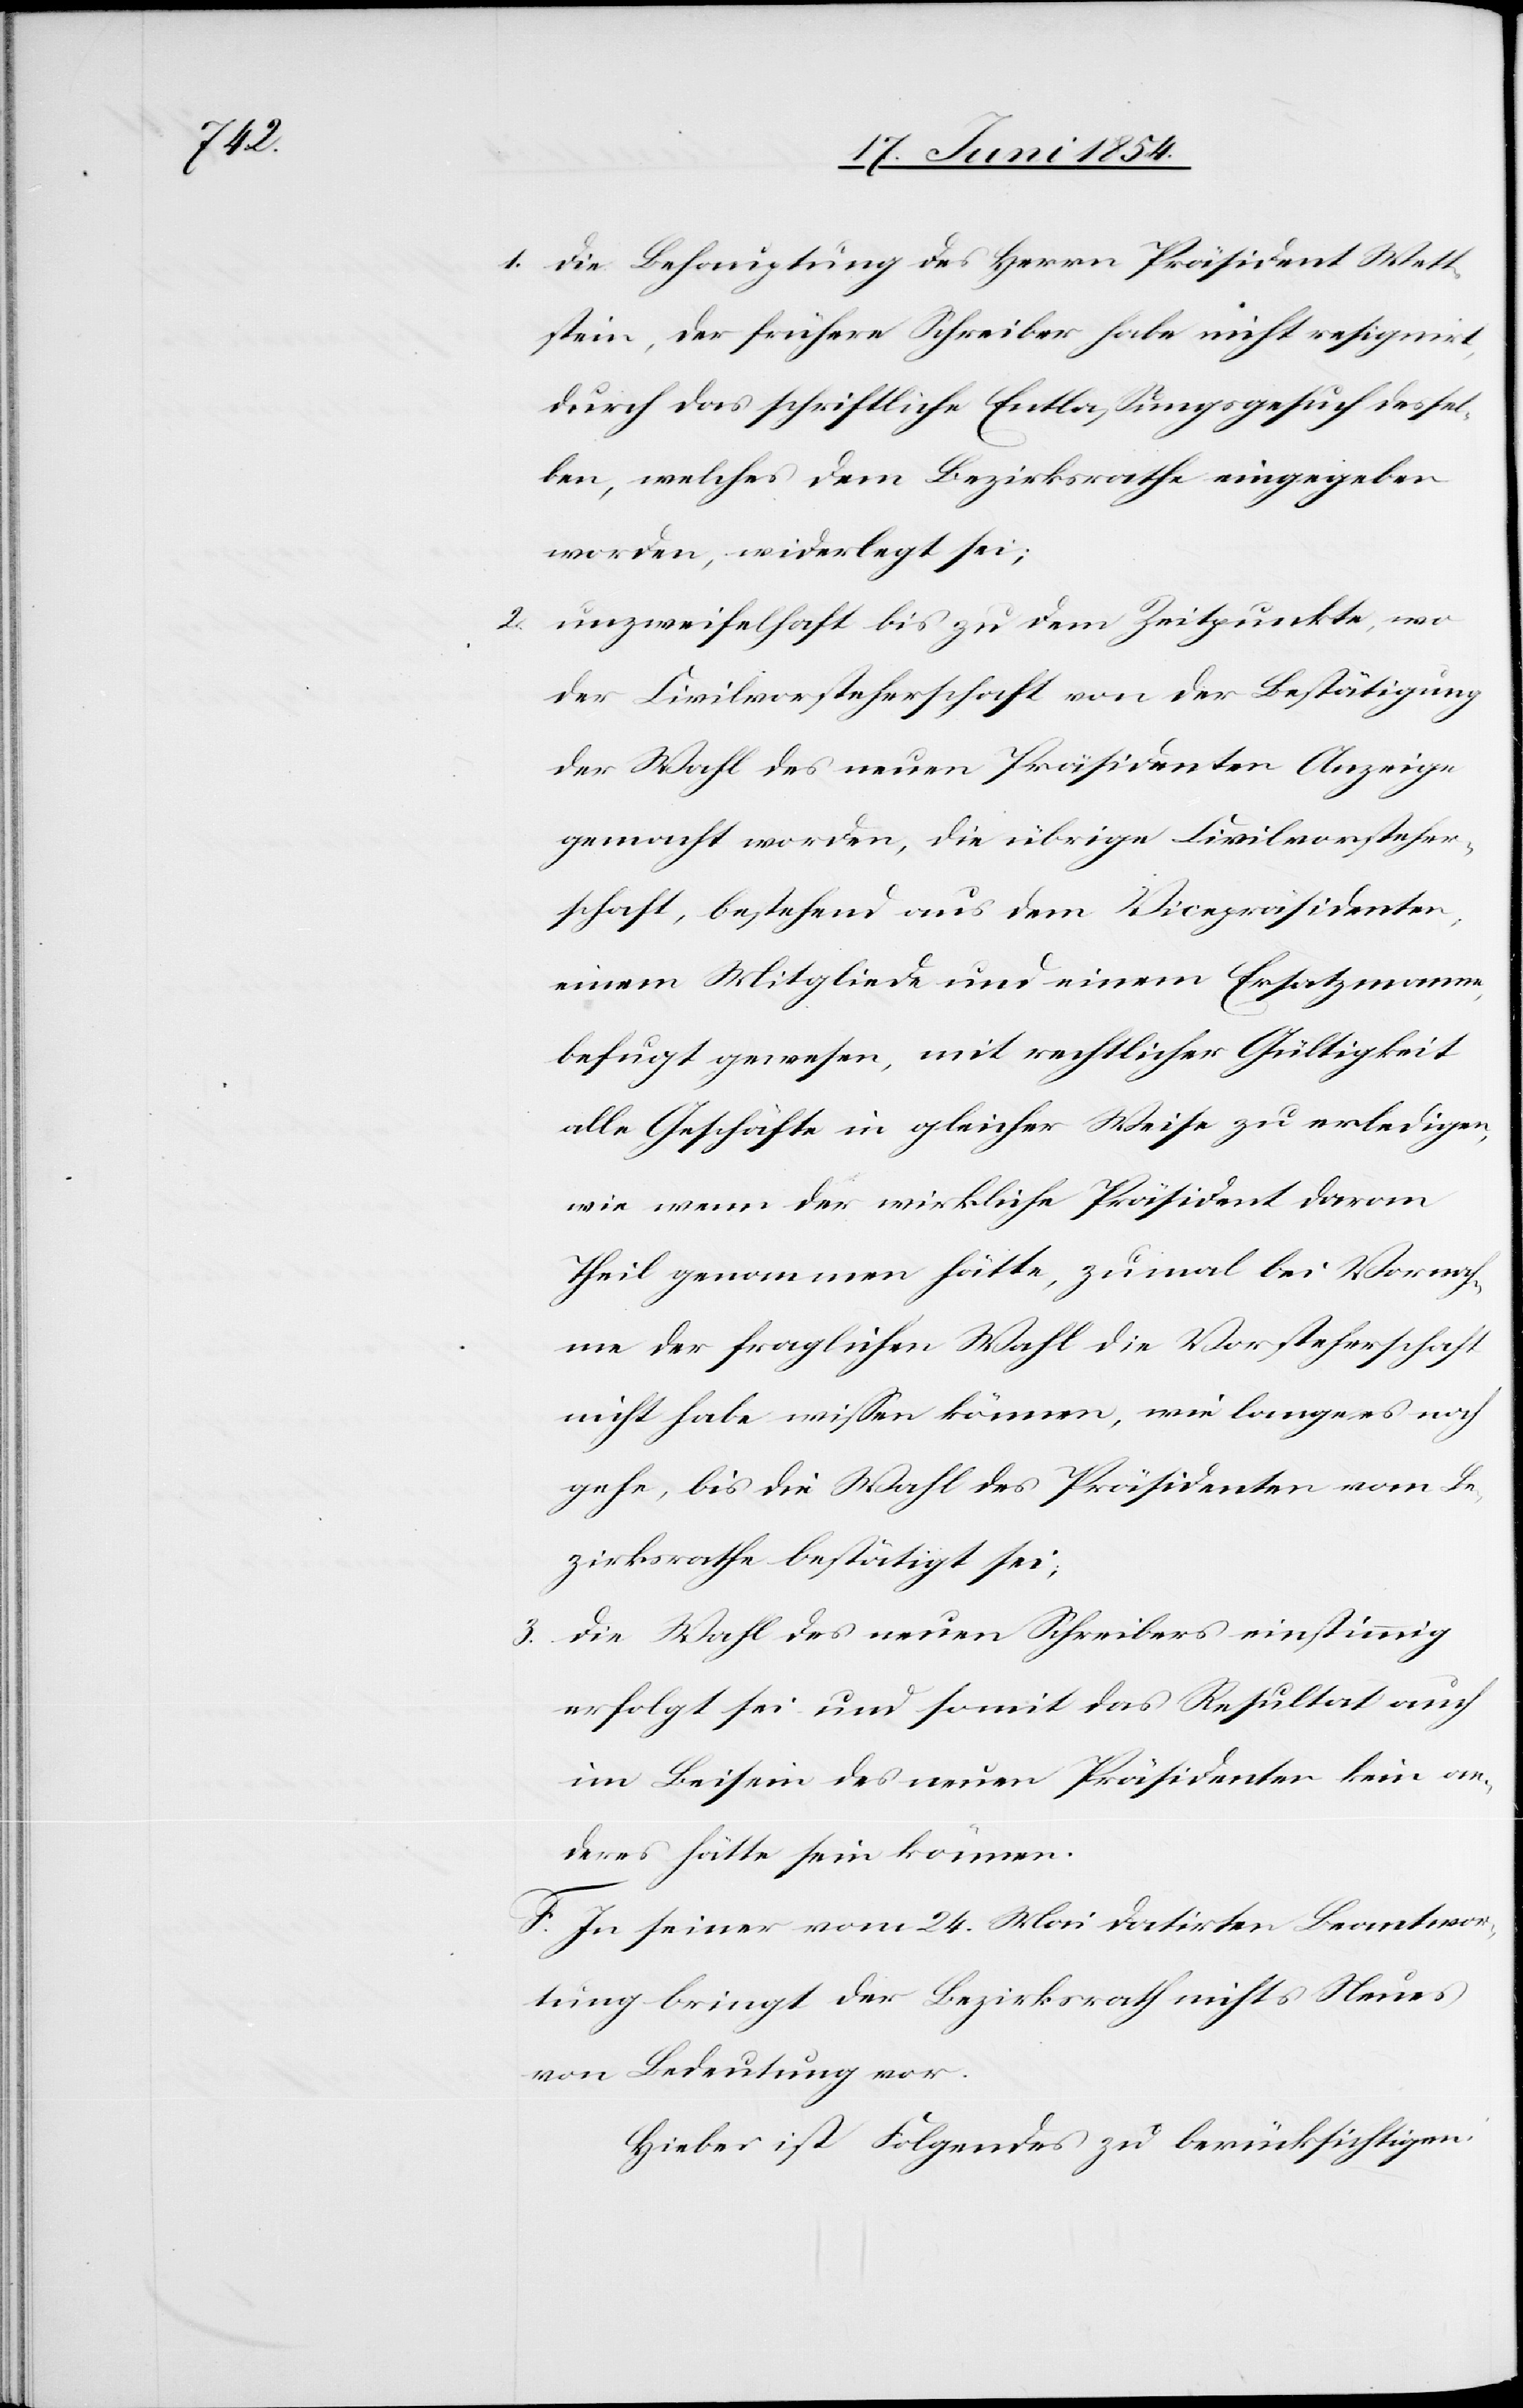
1. die Behauptung des Herrn Präsident Wett¬
stein, der frühere Schreiber habe nicht resignirt,
durch das schriftliche Entlaßungsgesuch dessel¬
ben, welches dem Bezirksrathe eingegeben
worden, widerlegt sei;
2. unzweifelhaft bis zu dem Zeitpunkte, wo
die Civilvorsteherschaft von der Bestätigung
der Wahl des neuen Präsidenten Anzeige
gemacht worden, die übrigen Civilvorsteher¬
schaft, bestehend aus dem Vicepräsidenten,
einem Mitgliede und einem Ersatzmanne,
befugt gewesen, mit rechtlicher Gültigkeit
alle Geschäfte in gleicher Weise zu erledigen,
wie wenn der wirkliche Präsident daran
Theil genommen hätte, zumal bei Vornah¬
me der fraglichen Wahl die Vorsteherschaft
nicht habe wißen können, wie lange es noch
gehe, bis die Wahl des Präsidenten vom Be¬
zirksrathe bestätigt sei;
3. die Wahl des neuen Schreibers einstimmig
erfolgt sei und somit das Resultat auch
im Beisein des neuen Präsidenten kein an¬
deres hätte sein können.
F. In seiner vom 24. Mai datirten Beantwor¬
tung bringt der Bezirksrath nichts Neues
von Bedeutung vor.
Hiebei ist Folgendes zu berücksichtigen: